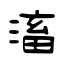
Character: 滀